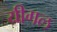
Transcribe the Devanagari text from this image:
यीगल